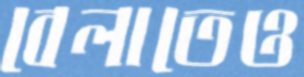
বেলাতেও